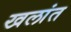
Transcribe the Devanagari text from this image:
खलांत